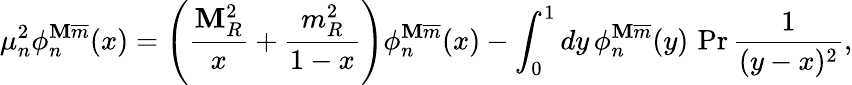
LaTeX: \mu_{n}^{2}\phi_{n}^{\mathbf{M}\overline{{{{m}}}}}(x)=\left(\frac{{\mathbf{M}_{R}^{2}}}{{x}}+\frac{{m_{R}^{2}}}{{1-x}}\right)\phi_{n}^{\mathbf{M}\overline{{{{m}}}}}(x)-\int_{0}^{1}dy\, \phi_{n}^{\mathbf{M}\overline{{{{m}}}}}(y)\, \operatorname*{Pr}\frac{{1}}{{(y-x)^{2}}},